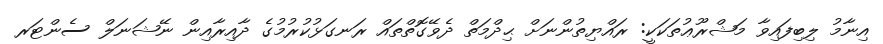
އިނާމު ލިބިފައިވާ މަޝްރޫޢުތަކަކީ: ރައްޔިތުންނަށް ޙިދްމަތް ދެވޭގޮތްތައް ރަނގަޅުކުރުމުގެ ދާއިރާއިން ނޭޝަނަލް ސެންޓަރ